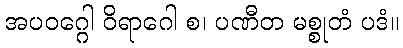
အပဝဂ္ဂေါ ဝိရာဂေါ စ၊ ပဏီတ မစ္စုတံ ပဒံ။